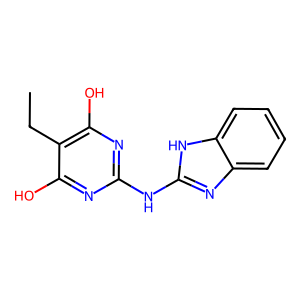
SMILES: CCc1c(O)nc(Nc2nc3ccccc3[nH]2)nc1O
Inhibits HIV replication: No